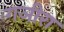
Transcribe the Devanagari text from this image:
गञीरा